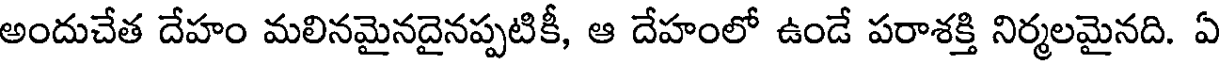
అందుచేత దేహం మలినమైనదైనప్పటికీ, ఆ దేహంలో ఉండే పరాశక్తి నిర్మలమైనది. ఏ